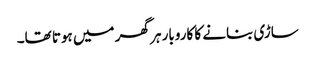
ساڑی بنانے کا کاروبار ہر گھر میں ہوتا تھا۔